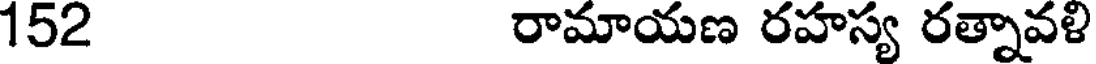
152 రామాయణ రహస్య రత్నావళి